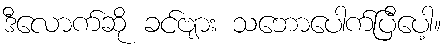
ဒီလောက်ဆို ခင်ဗျား သဘောပေါက်ပြီပေါ့။